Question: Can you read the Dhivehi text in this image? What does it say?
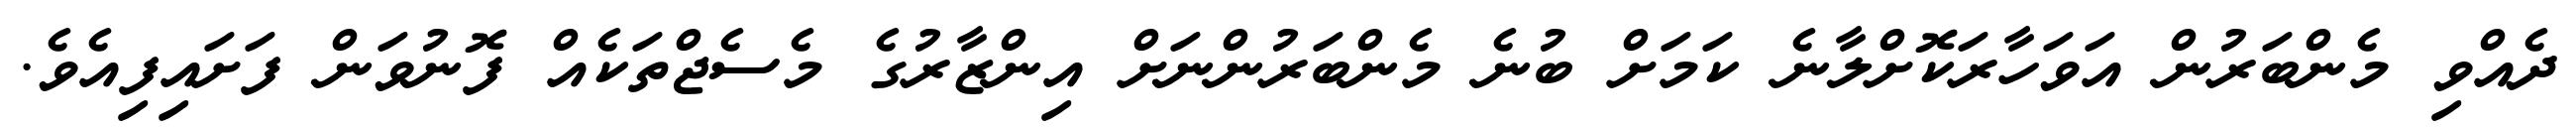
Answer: ދެއްވި މެންބަރުން އަވަހާރަކޮށްލާނެ ކަމަށް ބުނެ މެންބަރުންނަށް އިންޒާރުގެ މެސެޖްތަކެއް ފޮނުވަން ފަށައިފިއެވެ.